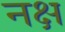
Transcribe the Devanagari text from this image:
नक्ष